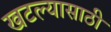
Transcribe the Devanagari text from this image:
खटल्यासाठी